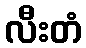
လီးတံ